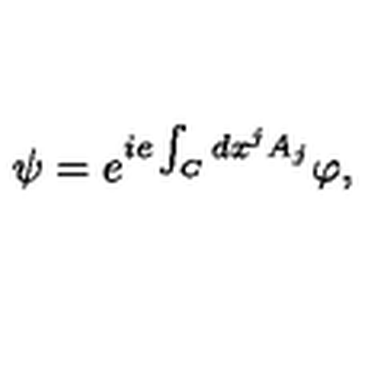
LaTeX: \psi = e ^ { i e \int _ { C } d x ^ { j } A _ { j } } \varphi ,